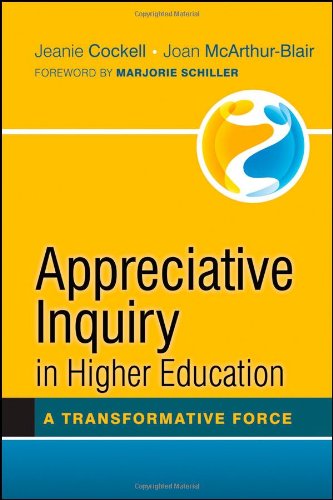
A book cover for Appreciative Inquiry in Higher Education: A Transformative Force; Jeanie Cockell; Education & Teaching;